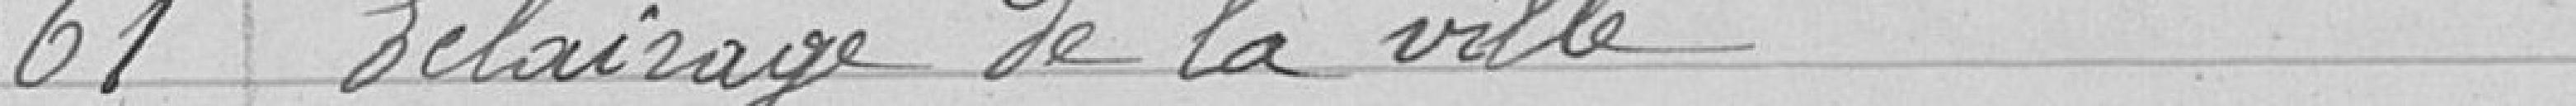
61 Eclairage de la ville